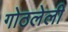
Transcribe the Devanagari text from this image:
गोठलेली